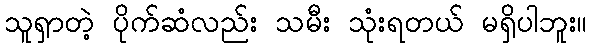
သူရှာတဲ့ ပိုက်ဆံလည်း သမီး သုံးရတယ် မရှိပါဘူး။